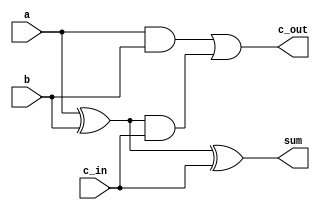
`timescale 1ns / 1ps
//////////////////////////////////////////////////////////////////////////////////
// Company: 
// Engineer: 
// 
// Create Date:    
// Design Name: 
// Module Name:    FullAdder 
// Project Name: 
// Target Devices: 
// Tool versions: 
// Description: 
//
// Dependencies: 
//
// Revision: 
// Revision 0.01 - File Created
// Additional Comments: 
//
//////////////////////////////////////////////////////////////////////////////////
module FullAdder(input a,input b,input c_in,output sum,output c_out);
    wire g2_out,g3_out,g4_out;
    xor g1(sum,a,b,c_in);
    and g2(g2_out,a,b);
    xor g3(g3_out,a,b);
    and g4(g4_out,g3_out,c_in);
    or  g5(c_out,g2_out,g4_out);
endmodule